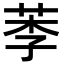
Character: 𦰁